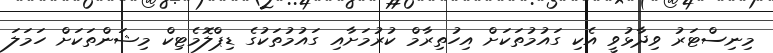
މިނިސްޓަރު ވިދާޅުވީ އެކި ގައުމުތަކަށް އިހުތިރާމް ކުރުމަށާއި ގައުމުތަކުގެ ޑިޕްލޮމެޓިކް މިޝަންތަކަށް ހަމަލަ